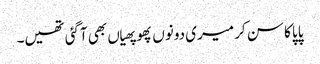
پاپا کا سن کر میری دونوں پھوپھیاں بھی آگئی تھیں۔